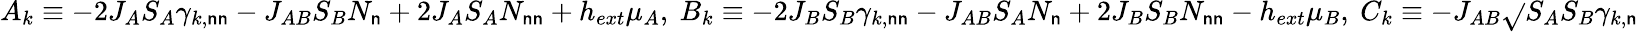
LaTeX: A_{k}\equiv-2J_{A}S_{A}{\gamma}_{k,\mathsf{n}\mathsf{n}}-J_{AB}S_{B}N_{\mathsf{n}}+2J_{A}S_{A}N_{\mathsf{n}\mathsf{n}}+h_{ext}{\mu}_{A},\ B_{k}\equiv-2J_{B}S_{B}{\gamma}_{k,\mathsf{n}\mathsf{n}}-J_{AB}S_{A}N_{\mathsf{n}}+2J_{B}S_{B}N_{\mathsf{n}\mathsf{n}}-h_{ext}{\mu}_{B},\ C_{k}\equiv-J_{AB}\sqrt{}{{S_{A}S_{B}}}{\gamma}_{k,\mathsf{n}}